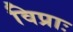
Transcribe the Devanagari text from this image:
विप्राः